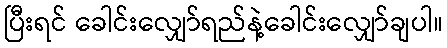
ပြီးရင် ခေါင်းလျှော်ရည်နဲ့ခေါင်းလျှော်ချပါ။